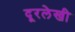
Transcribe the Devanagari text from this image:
दूरलेखी